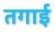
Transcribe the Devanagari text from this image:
तगाई